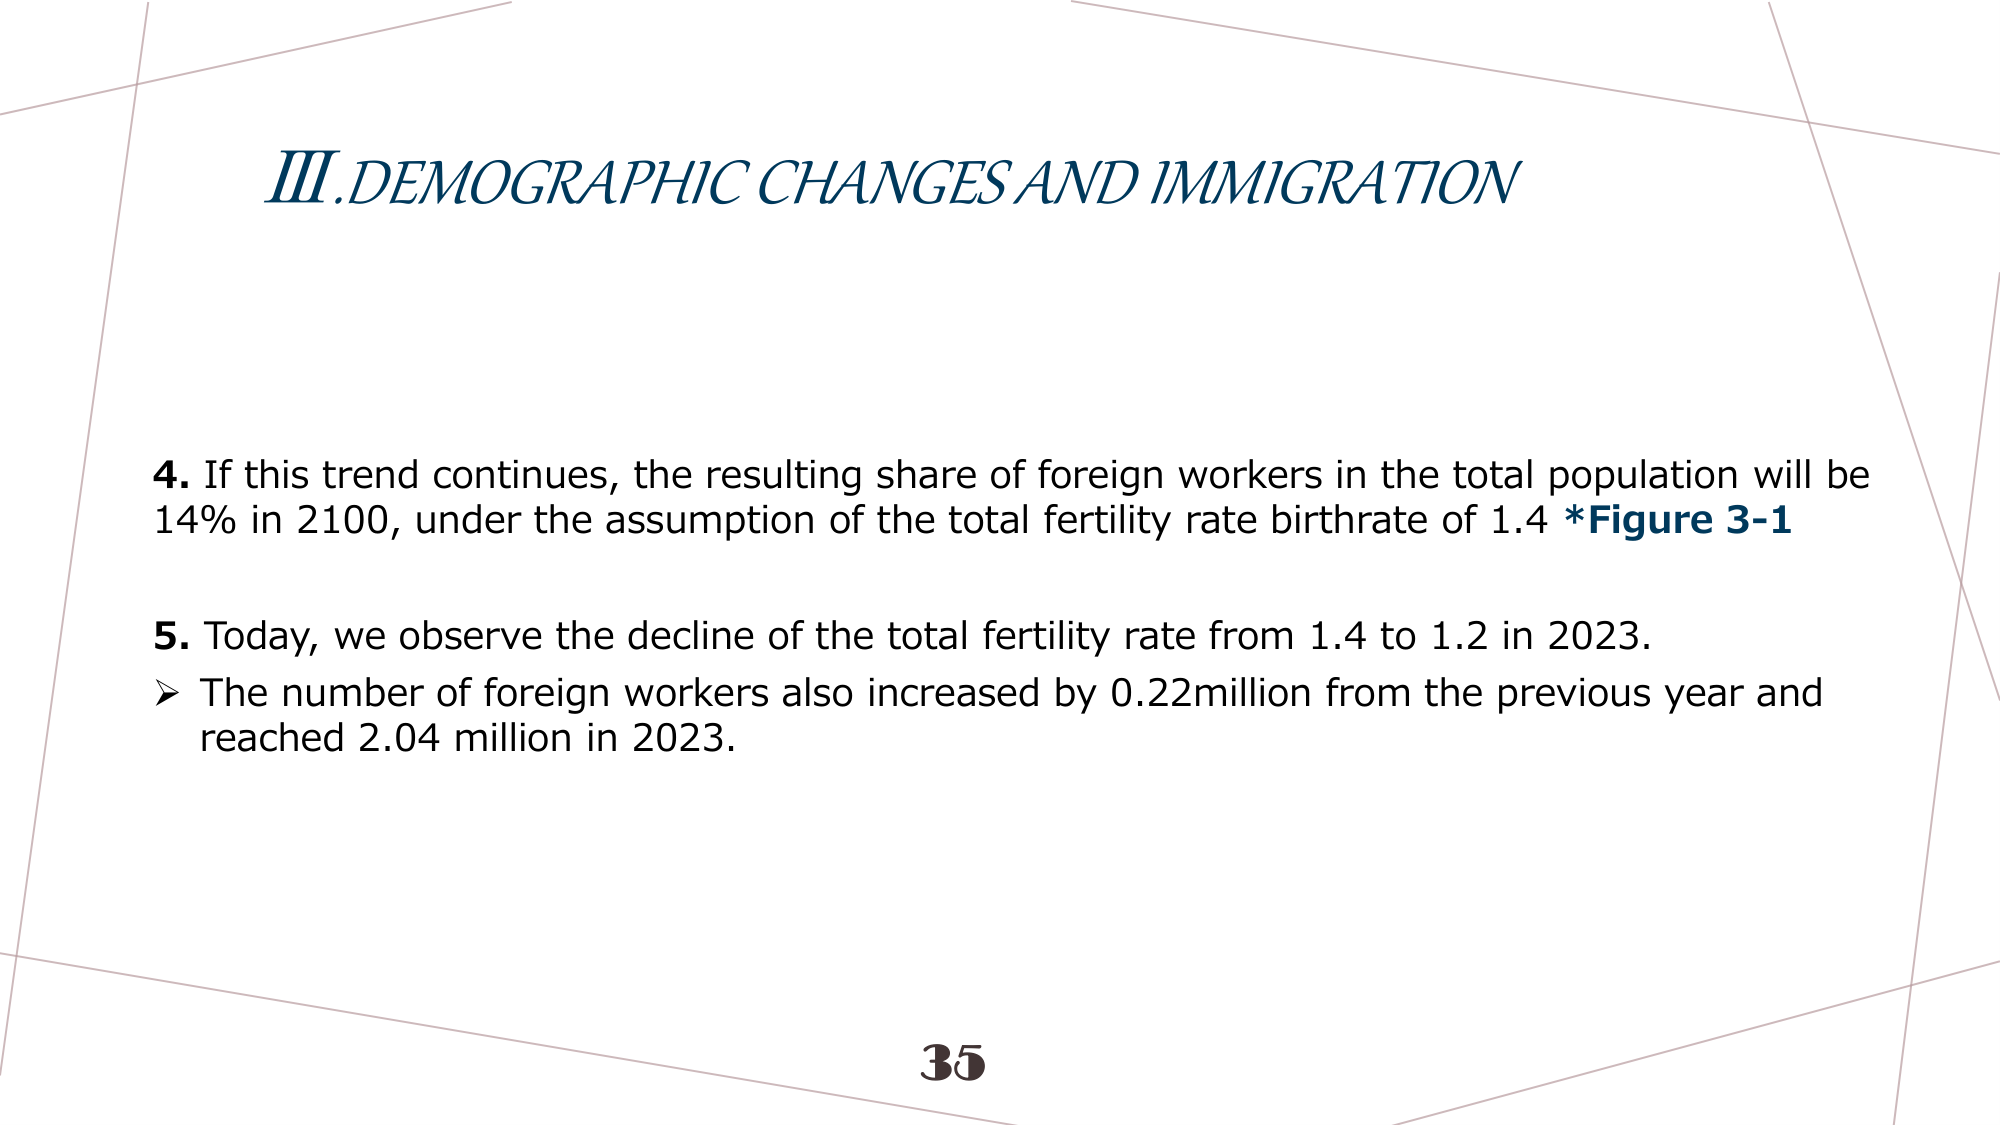
III. DEMOGRAPHIC CHANGES AND IMMIGRATION

4. If this trend continues, the resulting share of foreign workers in the total population will be 14% in 2100, under the assumption of the total fertility rate birthrate of 1.4 *Figure 3-1

5. Today, we observe the decline of the total fertility rate from 1.4 to 1.2 in 2023.
➤ The number of foreign workers also increased by 0.22million from the previous year and reached 2.04 million in 2023.

35